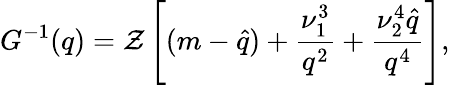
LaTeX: G^{-1}(q)=\mathcal{Z}\left[(m-\hat{{q}})+\frac{{\nu_{1}^{3}}}{{q^{2}}}+\frac{{\nu_{2}^{4}\hat{{q}}}}{{q^{4}}}\right],